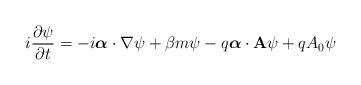
LaTeX: \begin{align*}i\frac{\partial\psi}{\partial t} = -i\mbox{\boldmath$\alpha$}\cdot\nabla\psi + \beta m\psi -q\mbox{\boldmath$\alpha$}\cdot{\bf A}\psi+qA_0\psi\end{align*}